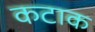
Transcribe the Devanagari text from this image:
कटाक